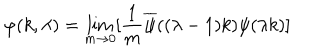
LaTeX: \varphi ( k , \lambda ) = \lim _ { m \rightarrow 0 } [ { \frac { 1 } { m } } \overline { { \psi } } ( ( \lambda - 1 ) k ) \psi ( \lambda k ) ] \, \,